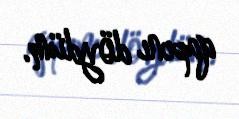
qapını döydüm.